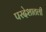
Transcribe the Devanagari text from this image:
परदेशातली